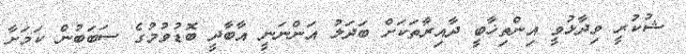
ޝުކުރީ ވިދާޅުވީ އިންތިޚާބީ ދާއިރާތަކަށް ބަދަލު އަންނަނީ އާބާދީ ބޮޑުވުމުގެ ސަބަބުން ކަމަށާ